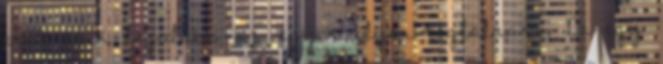
pont esik legalább az egyik ilyen téglalapra. De egy